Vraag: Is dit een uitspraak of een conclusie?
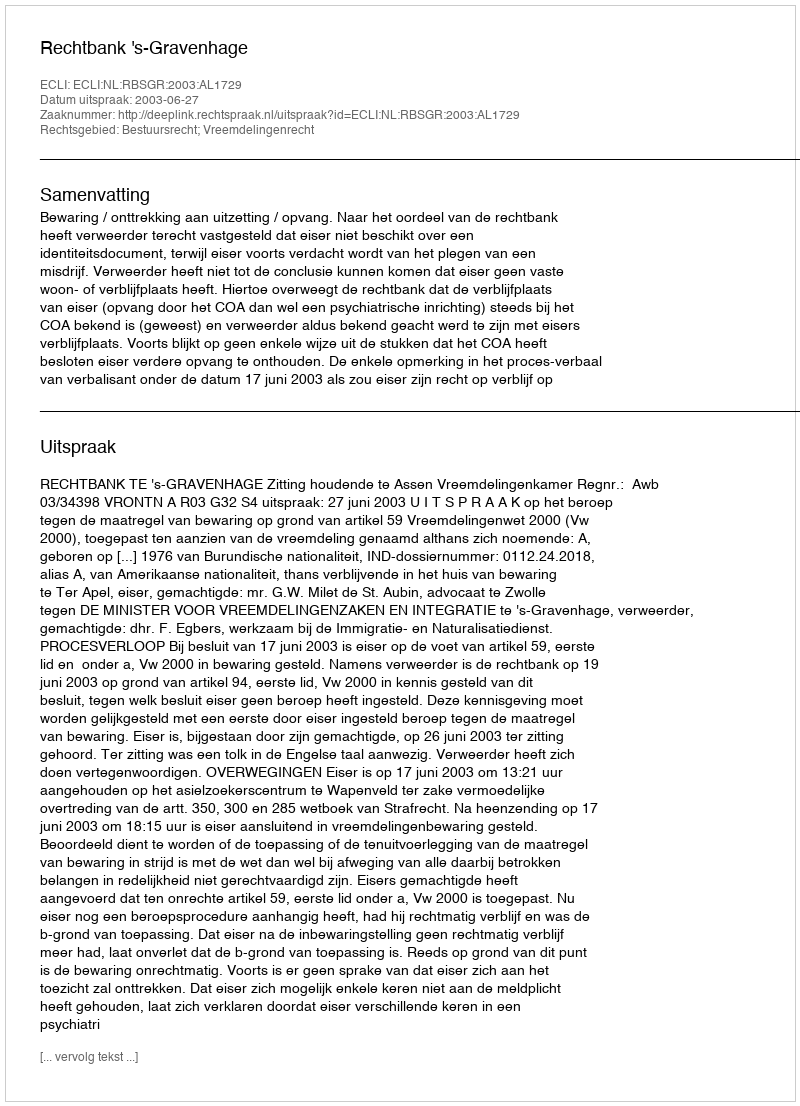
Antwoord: Uitspraak